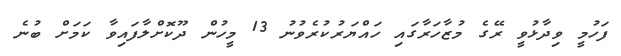
ފަހުމީ ވިދާޅުވީ ރޭގެ މުޒާހަރާގައި ހައްޔަރުކުރެވުނު 13 މީހުން ދޫކޮށްލާފައިވާ ކަމަށް ބުނެ